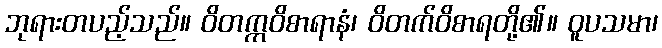
ဘုရားတပည့်သည်။ ဝိတက္ကဝိစာရာနံ၊ ဝိတက်ဝိစာရတို့၏။ ဝူပသမာ၊